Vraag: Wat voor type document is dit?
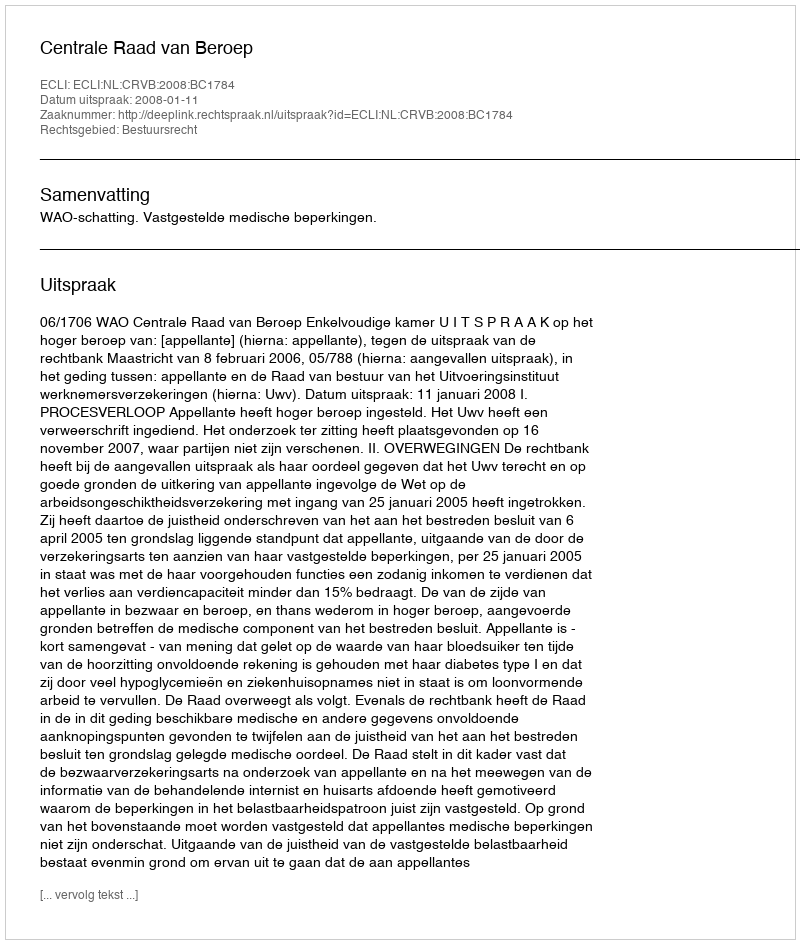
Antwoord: Uitspraak